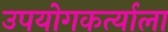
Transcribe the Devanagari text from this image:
उपयोगकर्त्याला